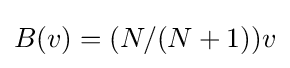
B(v)=(N/(N+1))v